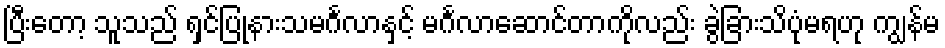
ပြီးတော့ သူသည် ရှင်ပြုနားသမင်္ဂလာနှင့် မင်္ဂလာဆောင်တာကိုလည်း ခွဲခြားသိပုံမရဟု ကျွန်မ